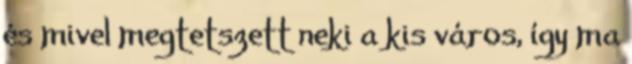
és mivel megtetszett neki a kis város, így ma